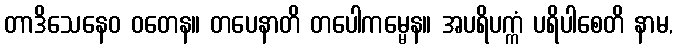
တာဒိသေနေဝ ဝတေန။ တပေနာတိ တပေါကမ္မေန။ အပရိပက္ကံ ပရိပါစေတိ နာမ,